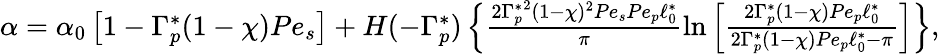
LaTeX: \begin{array}{r}{\alpha=\alpha_{0}\left[1-\Gamma_{p}^{\ast}(1-\chi)Pe_{s}\right]+H(-\Gamma_{p}^{\ast})\left\{ \frac{{2\Gamma_{p}^{\ast}}^{2}(1-\chi)^{2}Pe_{s}Pe_{p}\ell_{0}^{\ast}}{\pi}\ln\left[\frac{2\Gamma_{p}^{\ast}(1-\chi)Pe_{p}\ell_{0}^{\ast}}{2\Gamma_{p}^{\ast}(1-\chi)Pe_{p}\ell_{0}^{\ast}-\pi}\right]\right\} ,}\end{array}